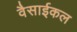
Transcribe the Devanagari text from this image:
वैसाईकल